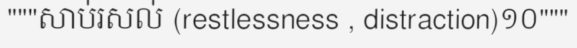
"""សាប់រសល់ (restlessness , distraction)១០"""